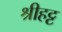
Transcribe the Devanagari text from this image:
श्रीहट्ट